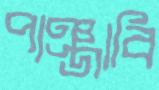
পাঞ্জাবি